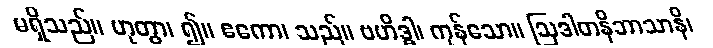
မရှိသည်။ ဟုတွာ၊ ၍။ ဧကော၊ သည်။ ဗဟိဒ္ဓါ၊ ကုန်သော။ ဩဒါတနိဘာသာနိ၊